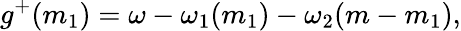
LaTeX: g^{+}(m_{1})=\omega-\omega_{1}(m_{1})-\omega_{2}(m-m_{1}),